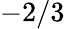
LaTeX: -2/3